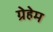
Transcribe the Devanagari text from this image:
ग्रेहेम